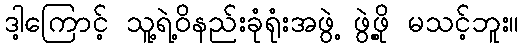
ဒါ့ကြောင့် သူ့ရဲ့ဝိနည်းခုံရုံးအဖွဲ့ ဖွဲ့ဖို့ မသင့်ဘူး။